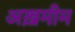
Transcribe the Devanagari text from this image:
अख़मीम